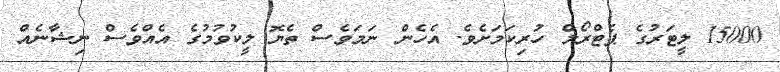
15000 ލީޓަރުގެ ޕެޓްރޯލް ހުރިކަމަށެވެ. އެހެން ނަމަވެސް ތެޔޮ ލީކުވުމުގެ އެއްވެސް ނިޝާނެއް